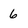
Character: 6